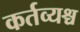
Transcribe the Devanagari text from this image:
कर्तव्यश्च